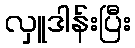
လှူဒါန်းပြီး